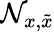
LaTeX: \mathcal{N}_{x,\tilde{x}}